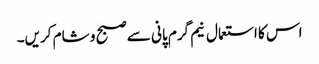
اس کا استعمال نیم گرم پانی سے صبح و شام کریں۔